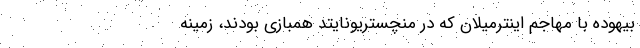
بیهوده با مهاجم اینترمیلان که در منچستریونایتد همبازی بودند، زمینه